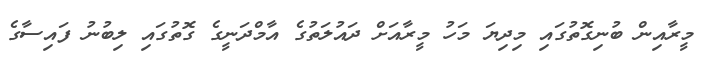
މީރާއިން ބުނިގޮތުގައި މިދިޔަ މަހު މީރާއަށް ދައުލަތުގެ އާމްދަނީގެ ގޮތުގައި ލިބުނު ފައިސާގެ